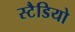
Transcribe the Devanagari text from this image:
स्टैडियो